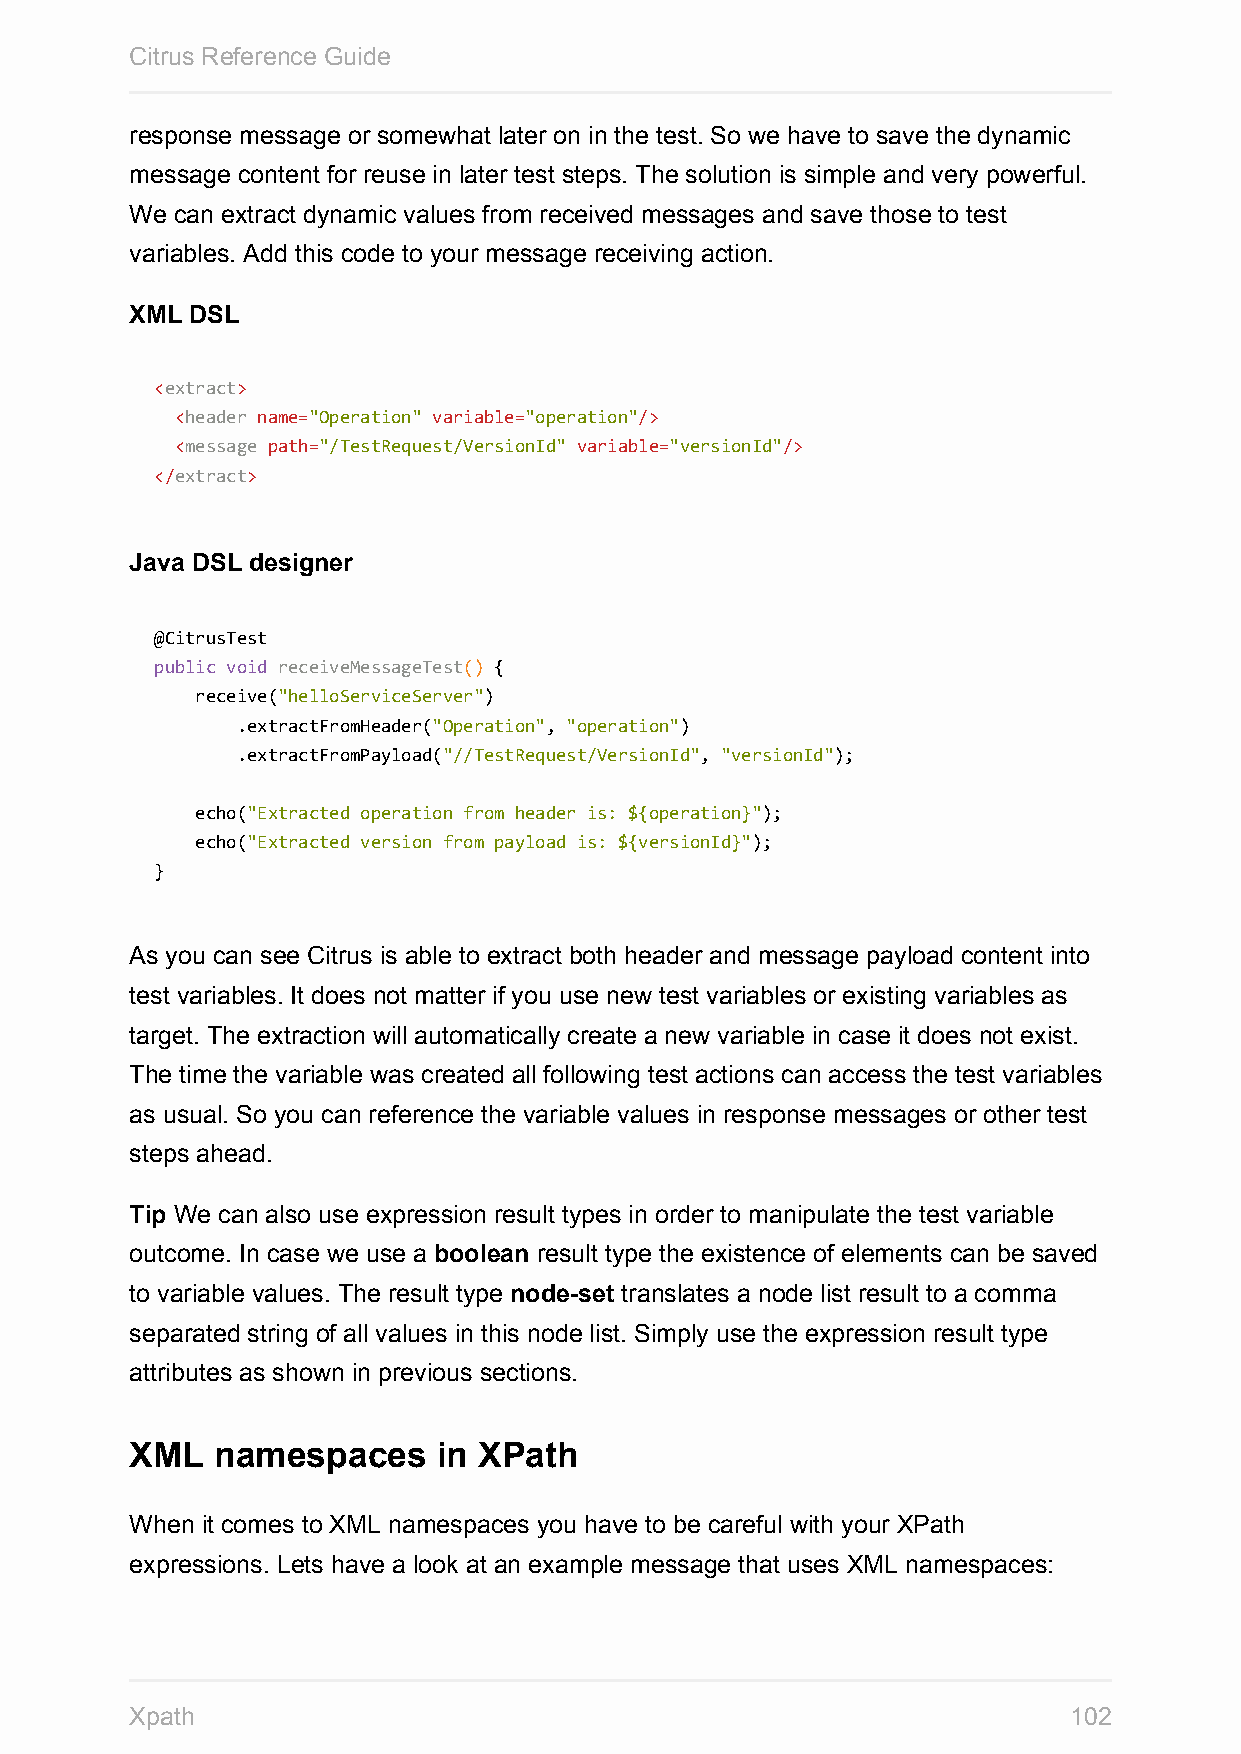
Citrus Reference Guide
 response message or somewhat later on in the test. So we have to save the dynamic
 message content for reuse in later test steps. The solution is simple and very powerful.
 We can extract dynamic values from received messages and save those to test
 variables. Add this code to your message receiving action.
 XML DSL
 <extract>
 <header name="Operation" variable="operation"/>
 <message path="/TestRequest/VersionId" variable="versionId"/>
 </extract>
 Java DSL designer
 @CitrusTest
 public void receiveMessageTest() {
 receive("helloServiceServer")
 .extractFromHeader("Operation", "operation")
 .extractFromPayload("//TestRequest/VersionId", "versionId");
 echo("Extracted operation from header is: ${operation}");
 echo("Extracted version from payload is: ${versionId}");
 }
 As you can see Citrus is able to extract both header and message payload content into
 test variables. It does not matter if you use new test variables or existing variables as
 target. The extraction will automatically create a new variable in case it does not exist.
 The time the variable was created all following test actions can access the test variables
 as usual. So you can reference the variable values in response messages or other test
 steps ahead.
 Tip We can also use expression result types in order to manipulate the test variable
 outcome. In case we use a boolean result type the existence of elements can be saved
 to variable values. The result type node-set translates a node list result to a comma
 separated string of all values in this node list. Simply use the expression result type
 attributes as shown in previous sections.
 XML  namespaces     in XPath
 When it comes to XML namespaces you have to be careful with your XPath
 expressions. Lets have a look at an example message that uses XML namespaces:
 Xpath                                                         102